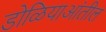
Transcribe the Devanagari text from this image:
डोळियाआंतील